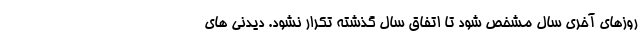
روزهای آخری سال مشخص شود تا اتفاق سال گذشته تکرار نشود. دیدنی های